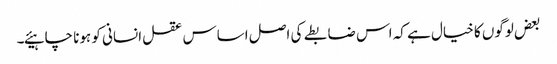
بعض لوگوں کا خیال ہے کہ اس ضابطے کی اصل اساس عقل انسانی کو ہونا چاہیئے۔